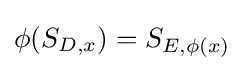
\phi (S_{D,x})=S_{E,\phi (x)}